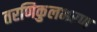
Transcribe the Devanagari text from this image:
तरणिकुलभरण